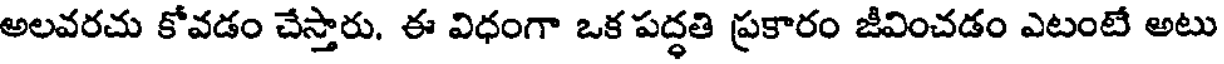
అలవరచు కోవడం చేస్తారు. ఈ విధంగా ఒక పద్ధతి ప్రకారం జీవించడం ఎటంటే అటు